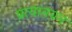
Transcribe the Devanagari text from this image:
प्रत्यानयन